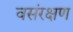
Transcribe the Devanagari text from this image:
वसंरक्षण